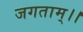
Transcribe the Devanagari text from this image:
जगताम्।।